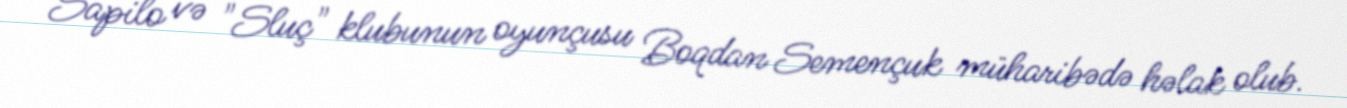
Sapilo və "Sluç" klubunun oyunçusu Boqdan Semençuk müharibədə həlak olub.